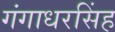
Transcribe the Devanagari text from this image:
गंगाधरसिंह